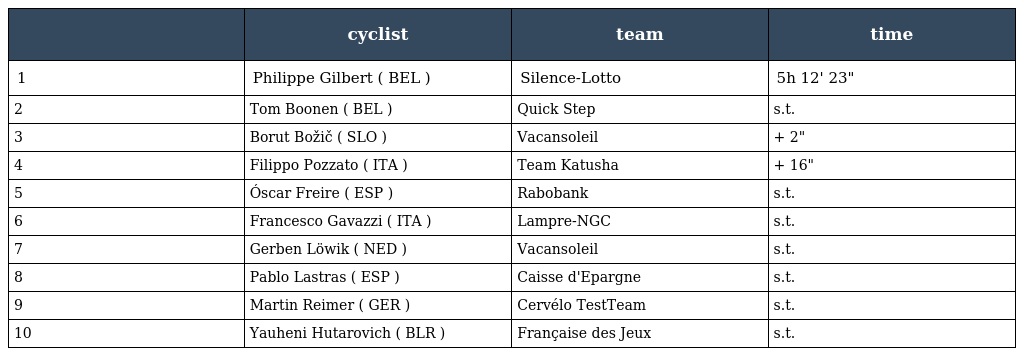
|  | cyclist | team | time |
 | --- | --- | --- | --- |
 | 1 | Philippe Gilbert ( BEL ) | Silence-Lotto | 5h 12' 23" |
 | 2 | Tom Boonen ( BEL ) | Quick Step | s.t. |
 | 3 | Borut Božič ( SLO ) | Vacansoleil | + 2" |
 | 4 | Filippo Pozzato ( ITA ) | Team Katusha | + 16" |
 | 5 | Óscar Freire ( ESP ) | Rabobank | s.t. |
 | 6 | Francesco Gavazzi ( ITA ) | Lampre-NGC | s.t. |
 | 7 | Gerben Löwik ( NED ) | Vacansoleil | s.t. |
 | 8 | Pablo Lastras ( ESP ) | Caisse d'Epargne | s.t. |
 | 9 | Martin Reimer ( GER ) | Cervélo TestTeam | s.t. |
 | 10 | Yauheni Hutarovich ( BLR ) | Française des Jeux | s.t. |